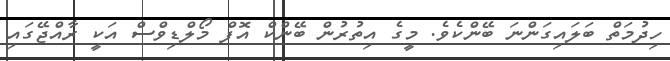
ހިދުމަތް ބަލައިގަންނަ ބޭންކެވެ. މީގެ އިތުރުން ބޭންކް އޮފް މޯލްޑިވްސް އަކީ ރާއްޖޭގައި